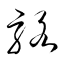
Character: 駱